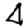
Digit: 4